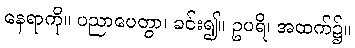
နေရာကို။ ပညာပေတွာ၊ ခင်း၍။ ဥပရိ၊ အထက်၌။